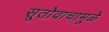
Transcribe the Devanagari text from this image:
सूतोवाचामूळे